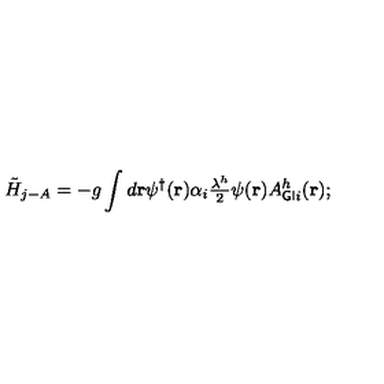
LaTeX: \tilde { H } _ { j - A } = - g \int d { \bf r } { \psi ^ { \dagger } } ( { \bf r } ) \alpha _ { i } { \textstyle \frac { \lambda ^ { h } } { 2 } } \psi ( { \bf r } ) A _ { { \sf G I } i } ^ { h } ( { \bf r } ) ;